Report of the Indian Hemp Drugs Commission, 1894-1895 - Volume III
Year: 1894
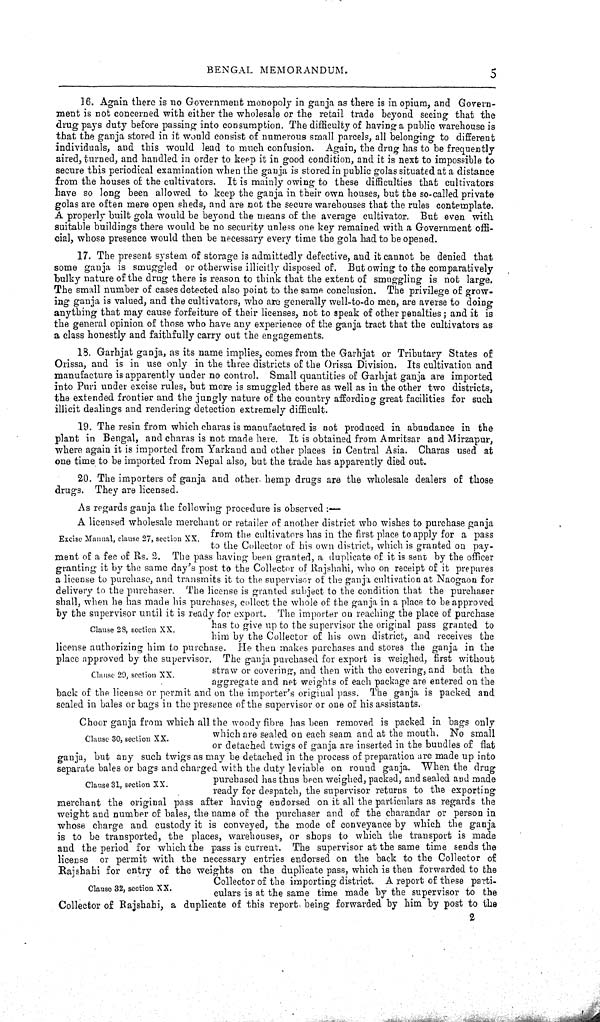
BENGAL MEMORANDUM.
5
16. Again there is no Government monopoly in ganja as there is in opium, and Govern-
ment is not concerned with either the wholesale or the retail trade beyond seeing that the
drug pays duty before passing into consumption. The difficulty of having a public warehouse is
that the ganja stored in it would consist of numerous small parcels, all belonging to different
individuals, and this would lead to much confusion. Again, the drug has to be frequently
aired, turned, and handled in order to keep it in good condition, and it is next to impossible to
secure this periodical examination when the ganja is stored in public golas situated at a distance
from the houses of the cultivators. It is mainly owing to these difficulties that cultivators
have so long been allowed to keep the ganja in their own houses, but the so-called private
golas are often mere open sheds, and are not the secure warehouses that the rules contemplate.
A properly built gola would be beyond the means of the average cultivator. But even with
suitable buildings there would be no security unless one key remained with a Government offi-
cial, whose presence would then be necessary every time the gola had to be opened.
17. The present system of storage is admittedly defective, and it cannot be denied that
some ganja is smuggled or otherwise illicitly disposed of. But owing to the comparatively
bulky nature of the drug there is reason to think that the extent of smuggling is not large.
The small number of cases detected also point to the same conclusion. The privilege of grow-
ing ganja is valued, and the cultivators, who are generally well-to-do men, are averse to doing
anything that may cause forfeiture of their licenses, not to speak of other penalties; and it is
the general opinion of those who have any experience of the ganja tract that the cultivators as
a class honestly and faithfully carry out the engagements.
18. Garhjat ganja, as its name implies, comes from the Garhjat or Tributary States of
Orissa, and is in use only in the three districts of the Orissa Division. Its cultivation and
manufacture is apparently under no control. Small quantities of Garhjat ganja are imported
into Puri under excise rules, but more is smuggled there as well as in the other two districts,
the extended frontier and the jungly nature of the country affording great facilities for such
illicit dealings and rendering detection extremely difficult.
19. The resin from which charas is manufactured is not produced in abundance in the
plant in Bengal, and charas is not made here. It is obtained from Amritsar and Mirzapur,
where again it is imported from Yarkand and other places in Central Asia. Charas used at
one time to be imported from Nepal also, but the trade has apparently died out.
20. The importers of ganja and other hemp drugs are the wholesale dealers of those
drugs. They are licensed.
Excise Manual, clause 27, section XX.
Clause 28, section XX.
Clause 29, section XX.
As regards ganja the following procedure is observed:—
A licensed wholesale merchant or retailer of another district who wishes to purchase ganja
from the cultivators has in the first place to apply for a pass
to the Collector of his own district, which is granted on pay-
ment of a fee of Rs. 2. The pass having been granted, a duplicate of it is sent by the officer
granting it by the same day's post to the Collector of Rajshahi, who on receipt of it prepares
a license to purchase, and transmits it to the supervisor of the ganja cultivation at Naogaon for
delivery to the purchaser. The license is granted subject to the condition that the purchaser
shall, when he has made his purchases, collect the whole of the ganja in a place to be approved
by the supervisor until it is ready for export. The importer on reaching the place of purchase
has to give up to the supervisor the original pass granted to
him by the Collector of his own district, and receives the
license authorizing him to purchase. He then makes purchases and stores the ganja in the
place approved by the supervisor. The ganja purchased for export is weighed, first without
straw or covering, and then with the covering, and both the
aggregate and net weights of each package are entered on the
back of the license or permit and on the importer's original pass. The ganja is packed and
sealed in bales or bags in the presence of the supervisor or one of his assistants.
Clause 30, section XX.
Clause 31, section XX.
Clause 32, section XX.
Choor ganja from which all the woody fibre has been removed is packed in bags only
which are sealed on each seam and at the mouth. No small
or detached twigs of ganja are inserted in the bundles of flat
ganja, but any such twigs as may be detached in the process of preparation are made up into
separate bales or bags and charged with the duty leviable on round ganja. When the drug
purchased has thus been weighed, packed, and sealed and made
ready for despatch, the supervisor returns to the exporting
merchant the original pass after having endorsed on it all the particulars as regards the
weight and number of bales, the name of the purchaser and of the charandar or person in
whose charge and custody it is conveyed, the mode of conveyance by which the ganja
is to be transported, the places, warehouses, or shops to which the transport is made
and the period for which the pass is current. The supervisor at the same time sends the
license or permit with the necessary entries endorsed on the back to the Collector of
Rajshahi for entry of the weights on the duplicate pass, which is then forwarded to the
Collector of the importing district. A report of these parti-
culars is at the same time made by the supervisor to the
Collector of Rajshahi, a duplicate of this report being forwarded by him by post to the
2